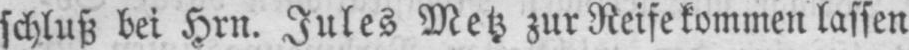
schluß bei Hrn. Jules Metz zur Reife kommen lassen